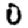
Digit: 0